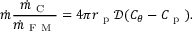
\dot { m } \frac { \dot { m } _ { \mathrm { ~ C ~ } } } { \dot { m } _ { \mathrm { ~ F ~ M ~ } } } = 4 \pi r _ { \mathrm { ~ p ~ } } \mathcal { D } ( C _ { \theta } - C _ { \mathrm { ~ p ~ } } ) .